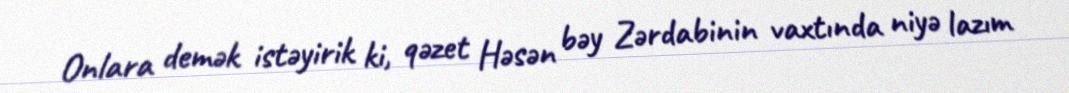
Onlara demək istəyirik ki, qəzet Həsən bəy Zərdabinin vaxtında niyə lazım